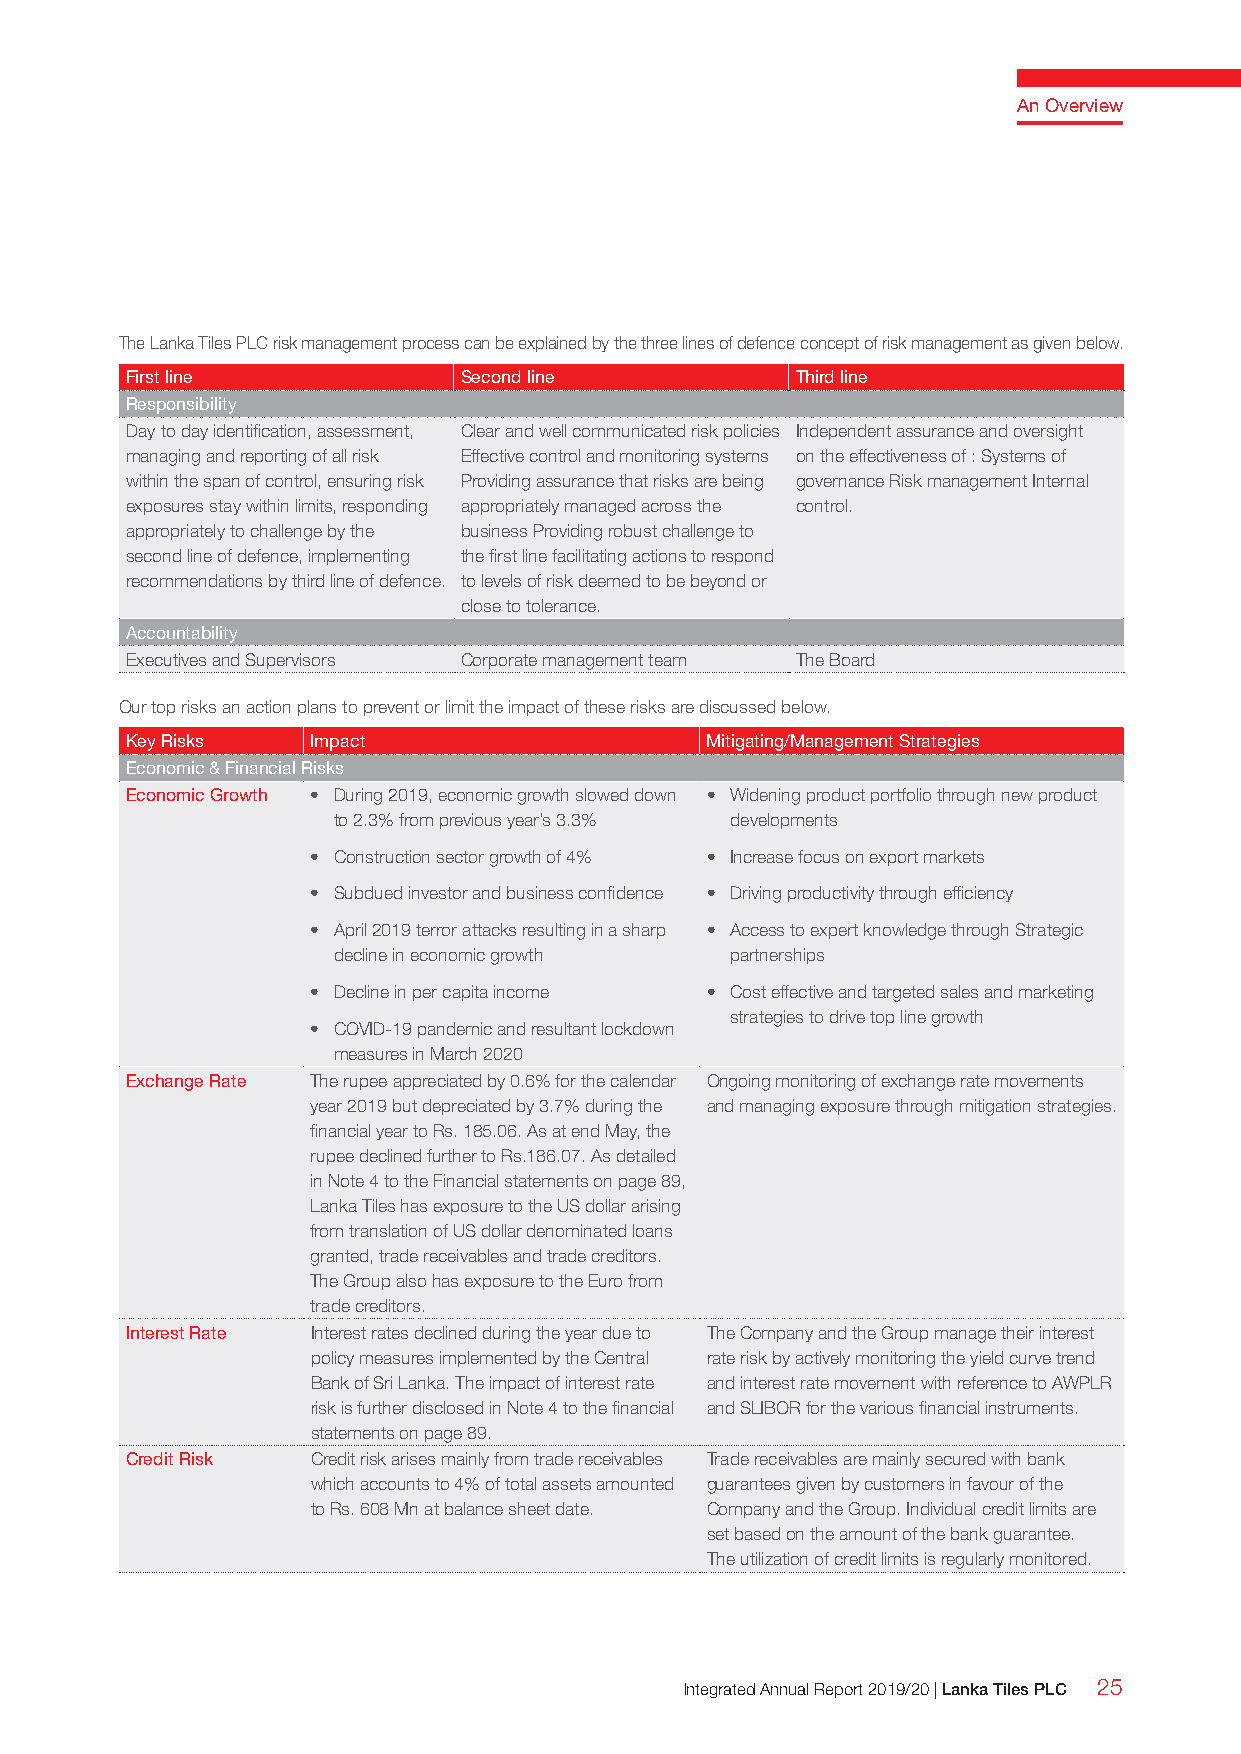
An Overview
 The Lanka Tiles PLC risk management process can be explained by the three lines of defence concept of risk management as given below.
 First line            Second line            Third line
 Responsibility
 Day to day identification, assessment, Clear and well communicated risk policies Independent assurance and oversight
 managing and reporting of all risk Effective control and monitoring systems on the effectiveness of : Systems of
 within the span of control, ensuring risk Providing assurance that risks are being governance Risk management Internal
 exposures stay within limits, responding appropriately managed across the control.
 appropriately to challenge by the business Providing robust challenge to
 second line of defence, implementing the first line facilitating actions to respond
 recommendations by third line of defence. to levels of risk deemed to be beyond or
 close to tolerance.
 Accountability
 Executives and Supervisors Corporate management team The Board
 Our top risks an action plans to prevent or limit the impact of these risks are discussed below.
 Key Risks    Impact                    Mitigating/Management Strategies
 Economic & Financial Risks
 Economic Growth • During 2019, economic growth slowed down • Widening product portfolio through new product
 to 2.3% from previous year’s 3.3% developments
 • Construction sector growth of 4% • Increase focus on export markets
 • Subdued investor and business confidence • Driving productivity through efficiency
 • April 2019 terror attacks resulting in a sharp • Access to expert knowledge through Strategic
 decline in economic growth partnerships
 • Decline in per capita income • Cost effective and targeted sales and marketing
 strategies to drive top line growth
 • COVID-19 pandemic and resultant lockdown
 measures in March 2020
 Exchange Rate The rupee appreciated by 0.6% for the calendar Ongoing monitoring of exchange rate movements
 year 2019 but depreciated by 3.7% during the and managing exposure through mitigation strategies.
 financial year to Rs. 185.06. As at end May, the
 rupee declined further to Rs.186.07. As detailed
 in Note 4 to the Financial statements on page 89,
 Lanka Tiles has exposure to the US dollar arising
 from translation of US dollar denominated loans
 granted, trade receivables and trade creditors.
 The Group also has exposure to the Euro from
 trade creditors.
 Interest Rate Interest rates declined during the year due to The Company and the Group manage their interest
 policy measures implemented by the Central rate risk by actively monitoring the yield curve trend
 Bank of Sri Lanka. The impact of interest rate and interest rate movement with reference to AWPLR
 risk is further disclosed in Note 4 to the financial and SLIBOR for the various financial instruments.
 statements on page 89.
 Credit Risk  Credit risk arises mainly from trade receivables Trade receivables are mainly secured with bank
 which accounts to 4% of total assets amounted guarantees given by customers in favour of the
 to Rs. 608 Mn at balance sheet date. Company and the Group. Individual credit limits are
 set based on the amount of the bank guarantee.
 The utilization of credit limits is regularly monitored.
 Integrated Annual Report 2019/20 | Lanka Tiles PLC 25